Source: Computer-generated
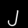
Digit: ၂ (2)